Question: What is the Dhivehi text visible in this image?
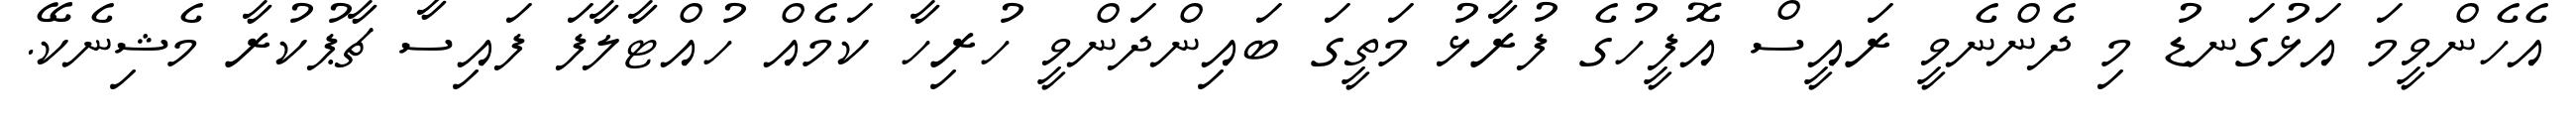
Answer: އެހެންވީމަ އަޅުގަނޑު މި ދެންނެވީ ރައީސް އޮފީހުގެ ފުރާޅު މަތީގަ ބައިންދަންވީ ހުރިހާ ކަމެއް ހުއްޓާލާފަ ފައިސާ ޗާޕުކުރާ މެޝިނެކޭ.